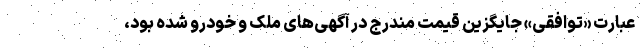
عبارت «توافقی» جایگزین قیمت مندرج در آگهی‌های ملک و خودرو شده بود،